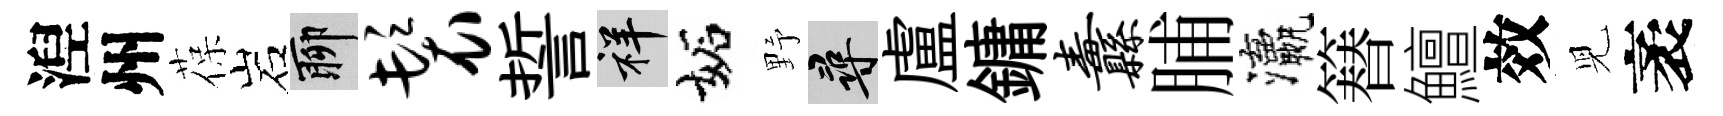
湼州葆岩聊鬟誓祥妬野尋盧鏞纛脯瀛簮鱣效児袤